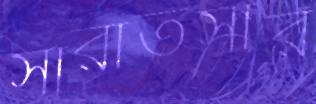
সারাতসার